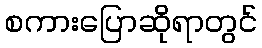
စကားပြောဆိုရာတွင်